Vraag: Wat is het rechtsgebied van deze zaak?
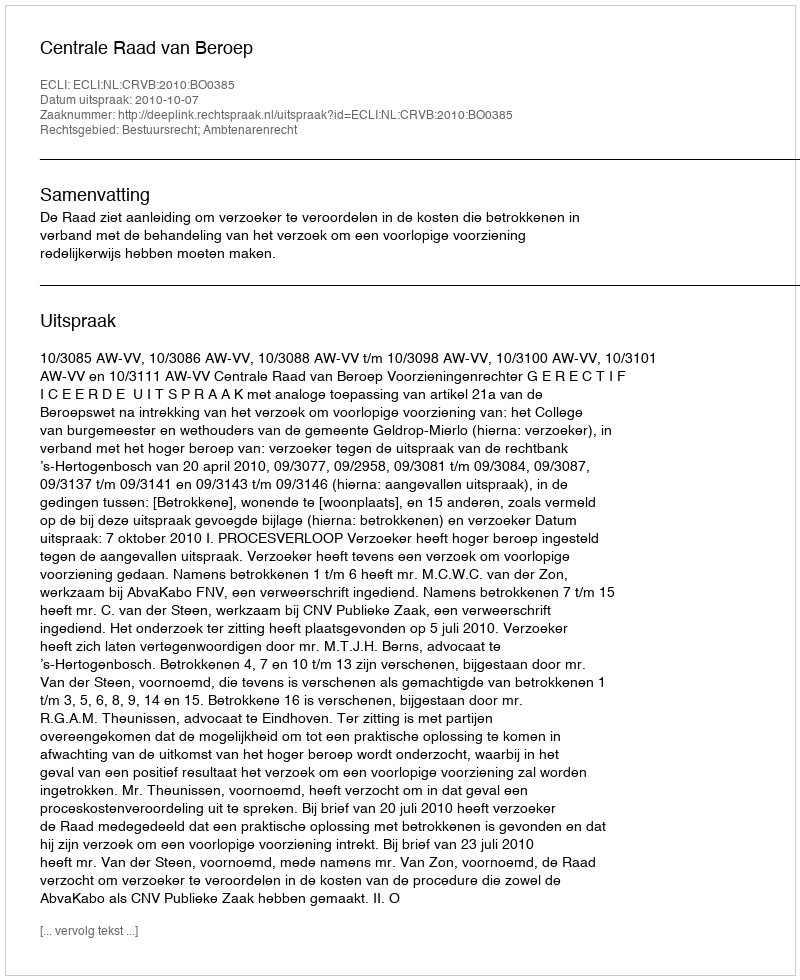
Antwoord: Bestuursrecht; Ambtenarenrecht